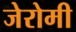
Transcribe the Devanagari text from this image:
जेरोमी